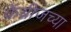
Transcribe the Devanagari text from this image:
केंब्रीजच्या